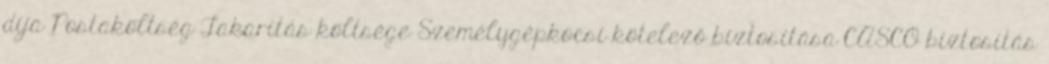
díja Postaköltség Takarítás költsége Személygépkocsi kötelező biztosítása CASCO biztosítás